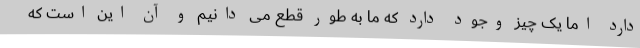
دارد اما یک چیز وجود دارد که ما به طور قطع می دانیم و آن این است که